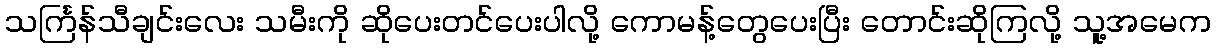
သင်္ကြန်သီချင်းလေး သမီးကို ဆိုပေးတင်ပေးပါလို့ ကောမန့်တွေပေးပြီး တောင်းဆိုကြလို့ သူ့အမေက